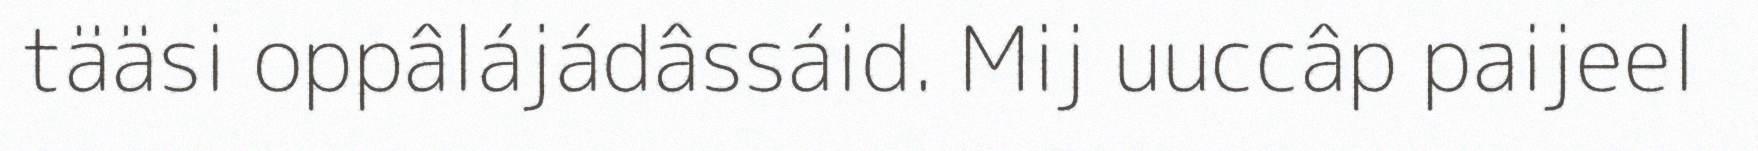
tääsi oppâlájádâssáid. Mij uuccâp paijeel